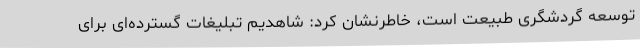
توسعه گردشگری طبیعت است، خاطرنشان کرد: شاهدیم تبلیغات گسترده‌ای برای